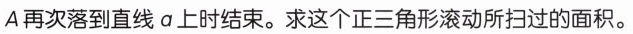
A再次落到直线a上时结束。求这个正三角形滚动所扫过的面积。